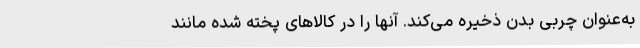
به‌عنوان چربی بدن ذخیره می‌کند. آنها را در کالاهای پخته شده مانند